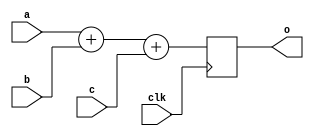
// Copyright 2007 Altera Corporation. All rights reserved.  
// Altera products are protected under numerous U.S. and foreign patents, 
// maskwork rights, copyrights and other intellectual property laws.  
//
// This reference design file, and your use thereof, is subject to and governed
// by the terms and conditions of the applicable Altera Reference Design 
// License Agreement (either as signed by you or found at www.altera.com).  By
// using this reference design file, you indicate your acceptance of such terms
// and conditions between you and Altera Corporation.  In the event that you do
// not agree with such terms and conditions, you may not use the reference 
// design file and please promptly destroy any copies you have made.
//
// This reference design file is being provided on an "as-is" basis and as an 
// accommodation and therefore all warranties, representations or guarantees of 
// any kind (whether express, implied or statutory) including, without 
// limitation, warranties of merchantability, non-infringement, or fitness for
// a particular purpose, are specifically disclaimed.  By making this reference
// design file available, Altera expressly does not recommend, suggest or 
// require that this reference design file be used in combination with any 
// other product not provided by Altera.
/////////////////////////////////////////////////////////////////////////////

// baeckler - 02-16-2006

// placing the ternary add in a sub module
// is not strictly necessary, but makes the 
// grouping clear and unambiguous if you
// want to remove the pipeline registers.

module tern_node (clk,a,b,c,o);
parameter WIDTH = 8;
input clk;
input [WIDTH-1:0] a;
input [WIDTH-1:0] b;
input [WIDTH-1:0] c;
output [WIDTH+2-1:0] o;
reg [WIDTH+2-1:0] o;

always @(posedge clk) begin
	o <= a+b+c;
end
endmodule

//
// pipelined sum of 9 binary words using 
// 4 ternary adder chains.
// This WIDTH 8 example should use 42 DFF and 42
// arithmetic logic cells.   This would require roughly
// 80 arithmetic cells on a binary adder device.
//

module ternary_sum_nine (clk,a,b,c,d,e,f,g,h,i,out);

parameter WIDTH = 8;

input clk;
input [WIDTH-1:0] a,b,c,d,e,f,g,h,i;
output [WIDTH+4-1:0] out;

wire [WIDTH+2-1:0] part0,part1,part2;

// entry layer, 9 => 3
tern_node x (.clk(clk),.a(a),.b(b),.c(c),.o(part0));
	defparam x .WIDTH = WIDTH;
tern_node y (.clk(clk),.a(d),.b(e),.c(f),.o(part1));
	defparam y .WIDTH = WIDTH;
tern_node z (.clk(clk),.a(g),.b(h),.c(i),.o(part2));
	defparam z .WIDTH = WIDTH;

// output layer 3=> 1
tern_node o (.clk(clk),.a(part0),.b(part1),.c(part2),.o(out));
	defparam o .WIDTH = WIDTH+2;

endmodule